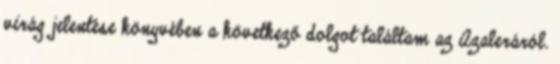
virág jelentése könyvében a következő dolgot találtam az Azaleráról.